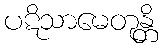
ပဋိသာမေတုန္တိ